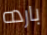
بارده